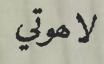
لاھوتي